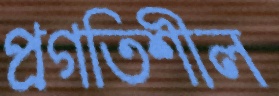
প্রগতিশীল